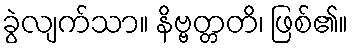
ခွဲလျက်သာ။ နိဗ္ဗတ္တတိ၊ ဖြစ်၏။